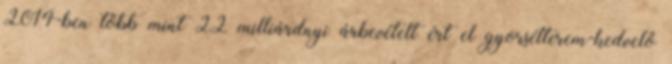
2014-ben több mint 22 milliárdnyi árbevételt ért el gyorsétterem-kedvelő